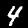
Digit: 4